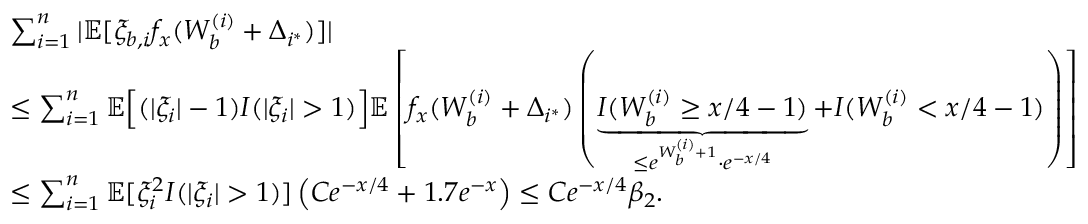
\begin{array} { r l } & { \sum _ { i = 1 } ^ { n } | \mathbb { E } [ \xi _ { b , i } f _ { x } ( W _ { b } ^ { ( i ) } + \Delta _ { i ^ { * } } ) ] | } \\ & { \leq \sum _ { i = 1 } ^ { n } \mathbb { E } \Big [ ( | \xi _ { i } | - 1 ) I ( | \xi _ { i } | > 1 ) \Big ] \mathbb { E } \left[ f _ { x } ( W _ { b } ^ { ( i ) } + \Delta _ { i ^ { * } } ) \left( \underbrace { I ( W _ { b } ^ { ( i ) } \geq x / 4 - 1 ) } _ { \leq e ^ { W _ { b } ^ { ( i ) } + 1 } \cdot e ^ { - x / 4 } } + I ( W _ { b } ^ { ( i ) } < x / 4 - 1 ) \right) \right] } \\ & { \leq \sum _ { i = 1 } ^ { n } \mathbb { E } [ \xi _ { i } ^ { 2 } I ( | \xi _ { i } | > 1 ) ] \left( C e ^ { - x / 4 } + 1 . 7 e ^ { - x } \right) \leq C e ^ { - x / 4 } \beta _ { 2 } . } \end{array}